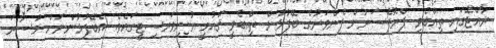
ރާއްޖޭގައި ތިއްބެވި ޕްރޮފެސަރުން ފެންވަރުގެ ބޭފުޅުން ތިއްބެވީ ޤައުމީ ޔުނިވަރސިޓީގައެވެ. އެބޭފުޅުންނަށް މުސާރަ